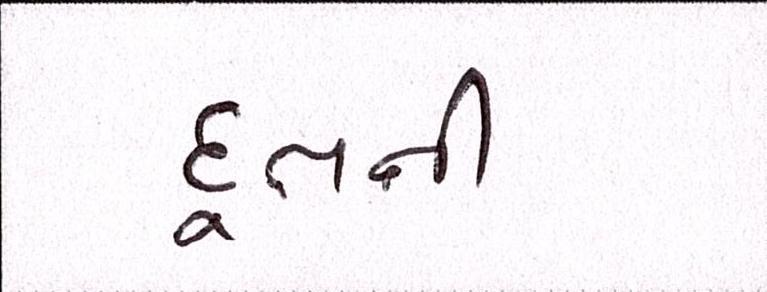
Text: દૂતની